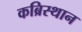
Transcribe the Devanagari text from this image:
कब्रिस्थान